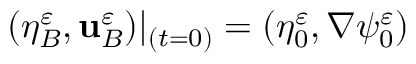
( \eta _ { B } ^ { \varepsilon } , \mathbf { u } _ { B } ^ { \varepsilon } ) \vert _ { ( t = 0 ) } = ( \eta _ { 0 } ^ { \varepsilon } , \nabla \psi _ { 0 } ^ { \varepsilon } )